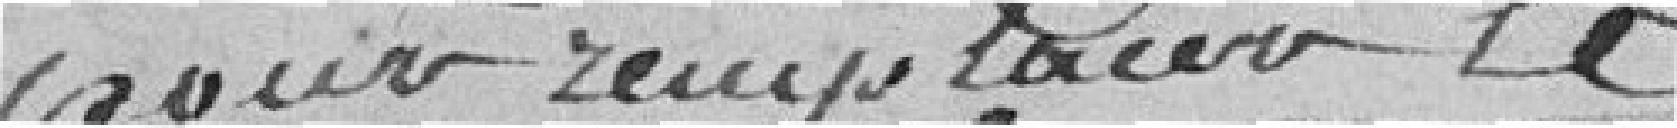
pour remplacer le